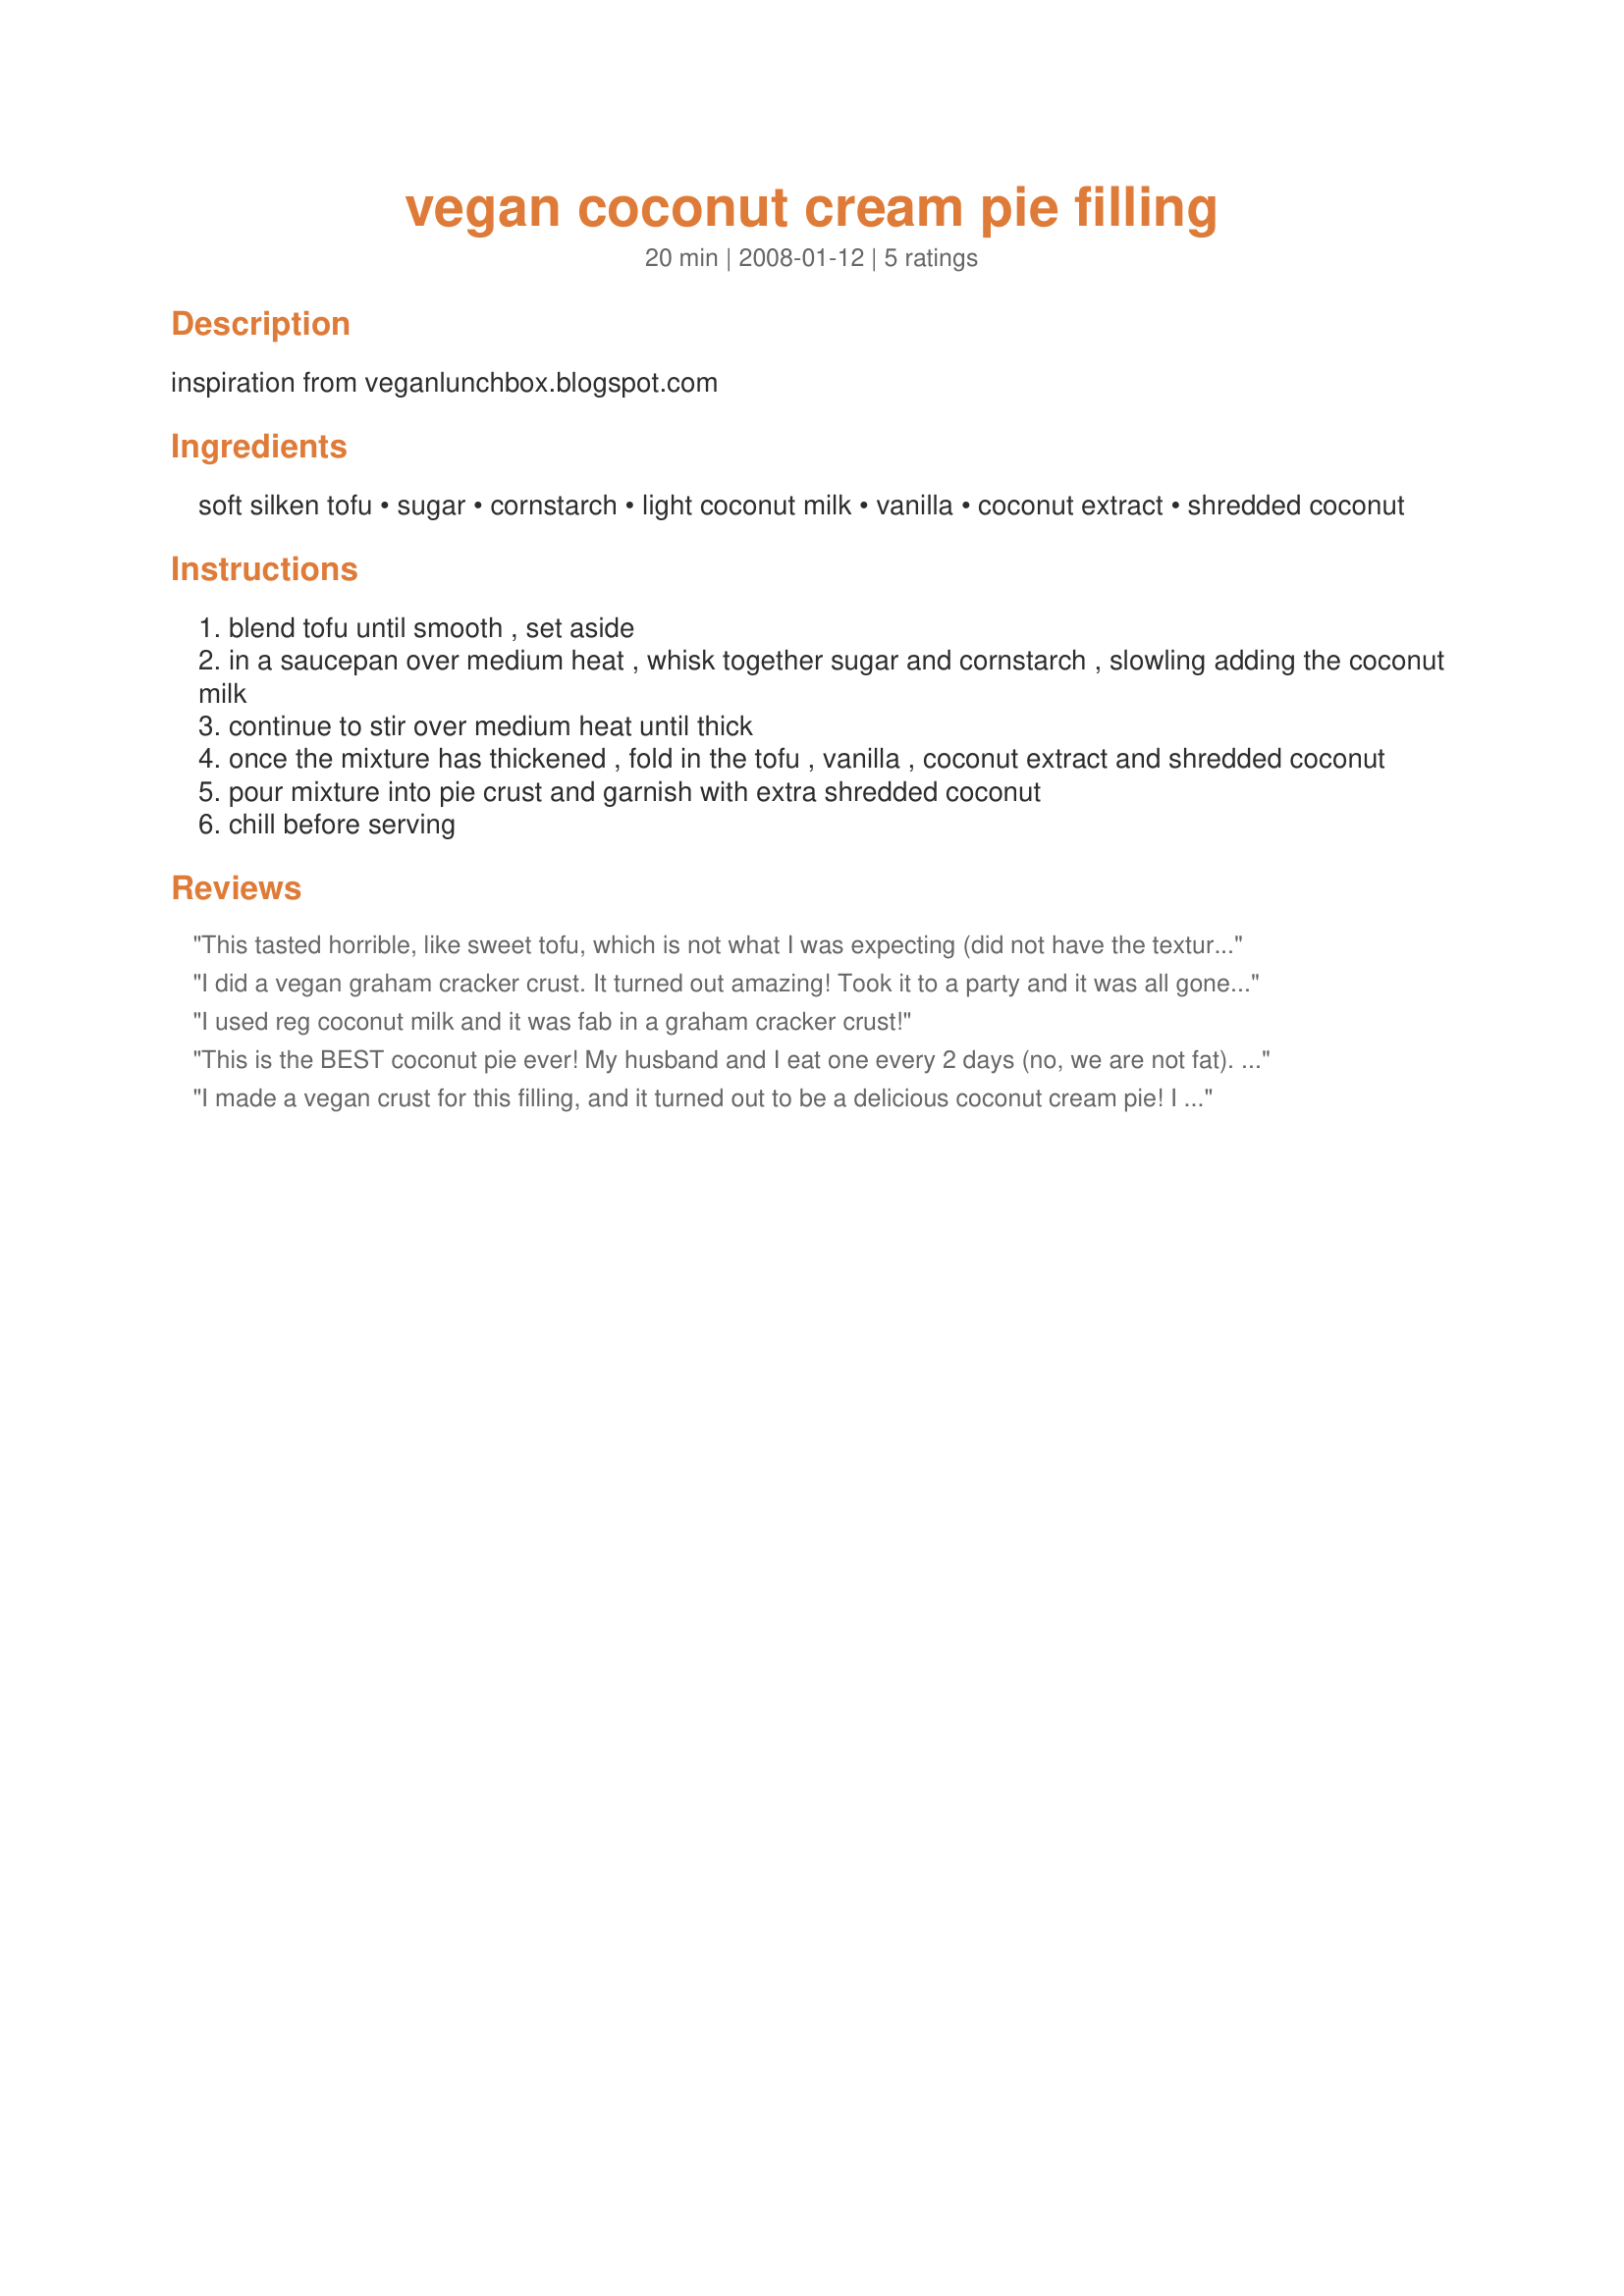
vegan coconut cream pie filling
Preparation time: 20 minutes

inspiration from veganlunchbox.blogspot.com

Ingredients:
soft silken tofu, sugar, cornstarch, light coconut milk, vanilla, coconut extract, shredded coconut

Steps:
blend tofu until smooth , set aside
in a saucepan over medium heat , whisk together sugar and cornstarch , slowling adding the coconut milk
continue to stir over medium heat until thick
once the mixture has thickened , fold in the tofu , vanilla , coconut extract and shredded coconut
pour mixture into pie crust and garnish with extra shredded coconut
chill before serving

Reviews:
This tasted horrible, like sweet tofu, which is not what I was expecting (did not have the texture or taste resembling anything like an omni equivalent recipe). Waste of ingredients and would not recommmend. I'll stick to Minimalist Baker.
I did a vegan graham cracker crust. It turned out amazing! Took it to a party and it was all gone quickly. I prefer the tofu method to the cashews. so many vegan recipes use cashews, but I find the results kind of heavy. This pie was perfect
I used reg coconut milk and it was fab in a graham cracker crust!
This is the BEST coconut pie ever! My husband and I eat one every 2 days (no, we are not fat). <br/>I do add 1/4 teaspoon salt so it won't taste "flat." I also use a store-bought low-fat graham cracker crust. I toast the coconut for the topping. I gave 1/2 pie to some friends last night and they loved it too!
I made a vegan crust for this filling, and it turned out to be a delicious coconut cream pie! I will be making this again very soon! Thanks for the recipe!
